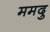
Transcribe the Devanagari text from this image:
ममदु